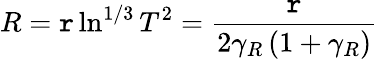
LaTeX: R=\mathtt{r}\ln^{1/3}T^{2}=\frac{{\mathtt{r}}}{{2\gamma_{R}\left(1+\gamma_{R}\right)}}